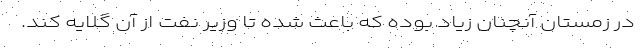
در زمستان آنچنان زیاد بوده که باعث شده تا وزیر نفت از آن گلایه کند.